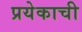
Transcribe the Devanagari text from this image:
प्रयेकाची